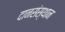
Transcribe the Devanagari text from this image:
दानसंस्थान